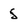
Character: 5